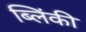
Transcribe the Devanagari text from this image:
ब्लिंकी